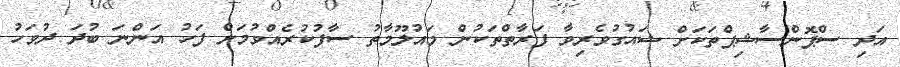
އަދި ސްޕޮންސާޝިޕްތަކަށް ޝައުގުވެރިވާ ފަރާތްތަކުން މައުލޫމާތު ސާފުކުރެއްވުމަށް ފަހު އަންނަ ބުދަ ދުވަހު